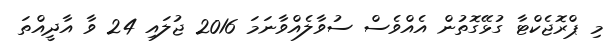
މި ޕްރޮޖެކްޓާ ގުޅޭގޮތުން އެއްވެސް ސުވާލެއްވާނަމަ 2016 ޖުލައި 24 ވާ އާދީއްތަ